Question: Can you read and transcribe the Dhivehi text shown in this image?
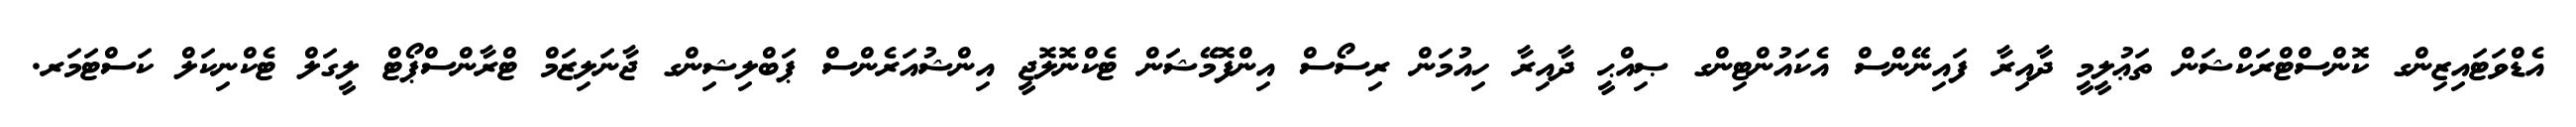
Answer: އެޑްވަޓައިޒިންގ ކޮންސްޓްރަކްޝަން ތަޢުލީމީ ދާއިރާ ފައިނޭންސް އެކައުންޓިންގ ޞިއްޙީ ދާއިރާ ހިއުމަން ރިސޯސް އިންފޮމޭޝަން ޓެކްނޮލޮޖީ އިންޝުއަރެންސް ޕަބްލިޝިންގ ޖާނަލިޒަމް ޓްރާންސްޕޯޓް ލީގަލް ޓެކްނިކަލް ކަސްޓަމަރ.